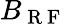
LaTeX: B_{\mathrm{~R~F~}}